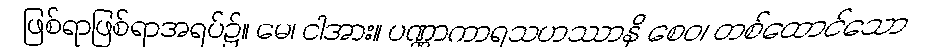
ဖြစ်ရာဖြစ်ရာအရပ်၌။ မေ၊ ငါအား။ ပဏ္ဏာကာရသဟဿာနိ စေဝ၊ တစ်ထောင်သော